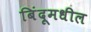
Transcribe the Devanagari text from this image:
बिंदूमधील